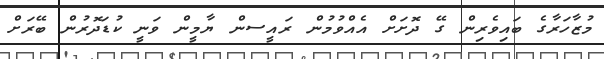
މުޒާހަރާގެ ބައިވެރިން ގޭ ދޮށަށް އެއްވުމުން ރައީސން ޔާމީން ވަނީ ކުޑަދޮރުން ބޭރަށް